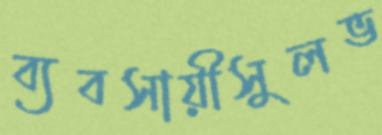
ব্যবসায়ীসুলভ